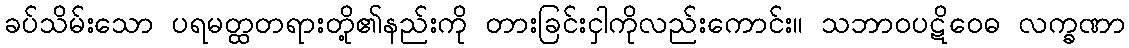
ခပ်သိမ်းသော ပရမတ္ထတရားတို့၏နည်းကို တားခြင်းငှါကိုလည်းကောင်း။ သဘာဝပဋိဝေဓ လက္ခဏာ